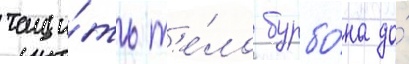
тащи́ть т'е́ло бурбо́на до́